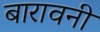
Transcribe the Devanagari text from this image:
बारावनी